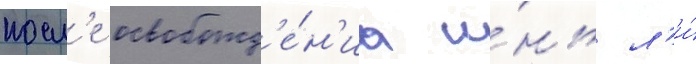
посл'е освобожд'е́н'иа и́нь л'и́